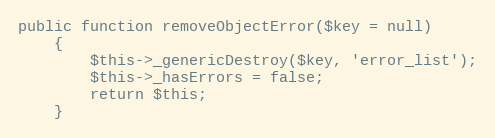
Language: PHP
public function removeObjectError($key = null)
    {
        $this->_genericDestroy($key, 'error_list');
        $this->_hasErrors = false;
        return $this;
    }